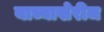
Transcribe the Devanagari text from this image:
याच्याखेरीज